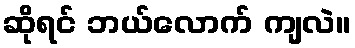
ဆိုရင် ဘယ်လောက် ကျလဲ။